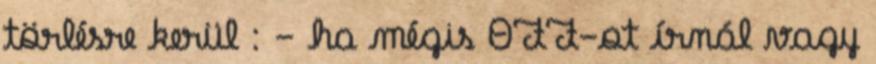
törlésre kerül : - ha mégis OFF-ot írnál vagy